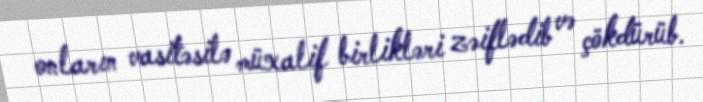
onların vasitəsilə müxalif birlikləri zəiflədib və çökdürüb.